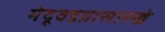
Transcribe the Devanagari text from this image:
मेदूवडय़ासारखे